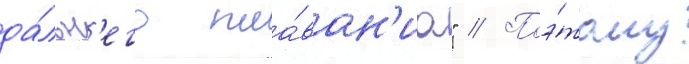
да́льн'его пла́ван'иа" // Поэ́тому